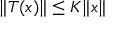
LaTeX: \| T ( x ) \| \leq K \| x \|